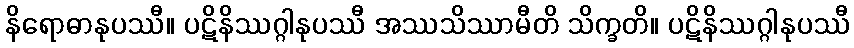
နိရောဓာနုပဿီ။ ပဋိနိဿဂ္ဂါနုပဿီ အဿသိဿာမီတိ သိက္ခတိ။ ပဋိနိဿဂ္ဂါနုပဿီ